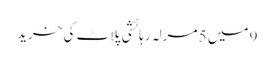
9 میں 5 مرلہ رہائشی پلاٹ کی خرید